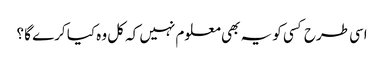
اسی طرح کسی کو یہ بھی معلوم نہیں کہ کل وہ کیا کرے گا ؟